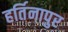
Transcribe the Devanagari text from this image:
हर्तिनापुर